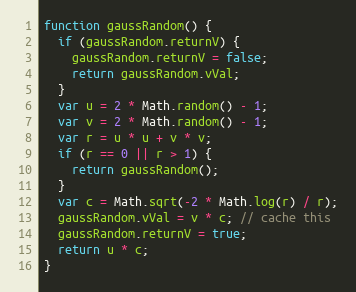
Language: JavaScript
function gaussRandom() {
  if (gaussRandom.returnV) {
    gaussRandom.returnV = false;
    return gaussRandom.vVal;
  }
  var u = 2 * Math.random() - 1;
  var v = 2 * Math.random() - 1;
  var r = u * u + v * v;
  if (r == 0 || r > 1) {
    return gaussRandom();
  }
  var c = Math.sqrt(-2 * Math.log(r) / r);
  gaussRandom.vVal = v * c; // cache this
  gaussRandom.returnV = true;
  return u * c;
}